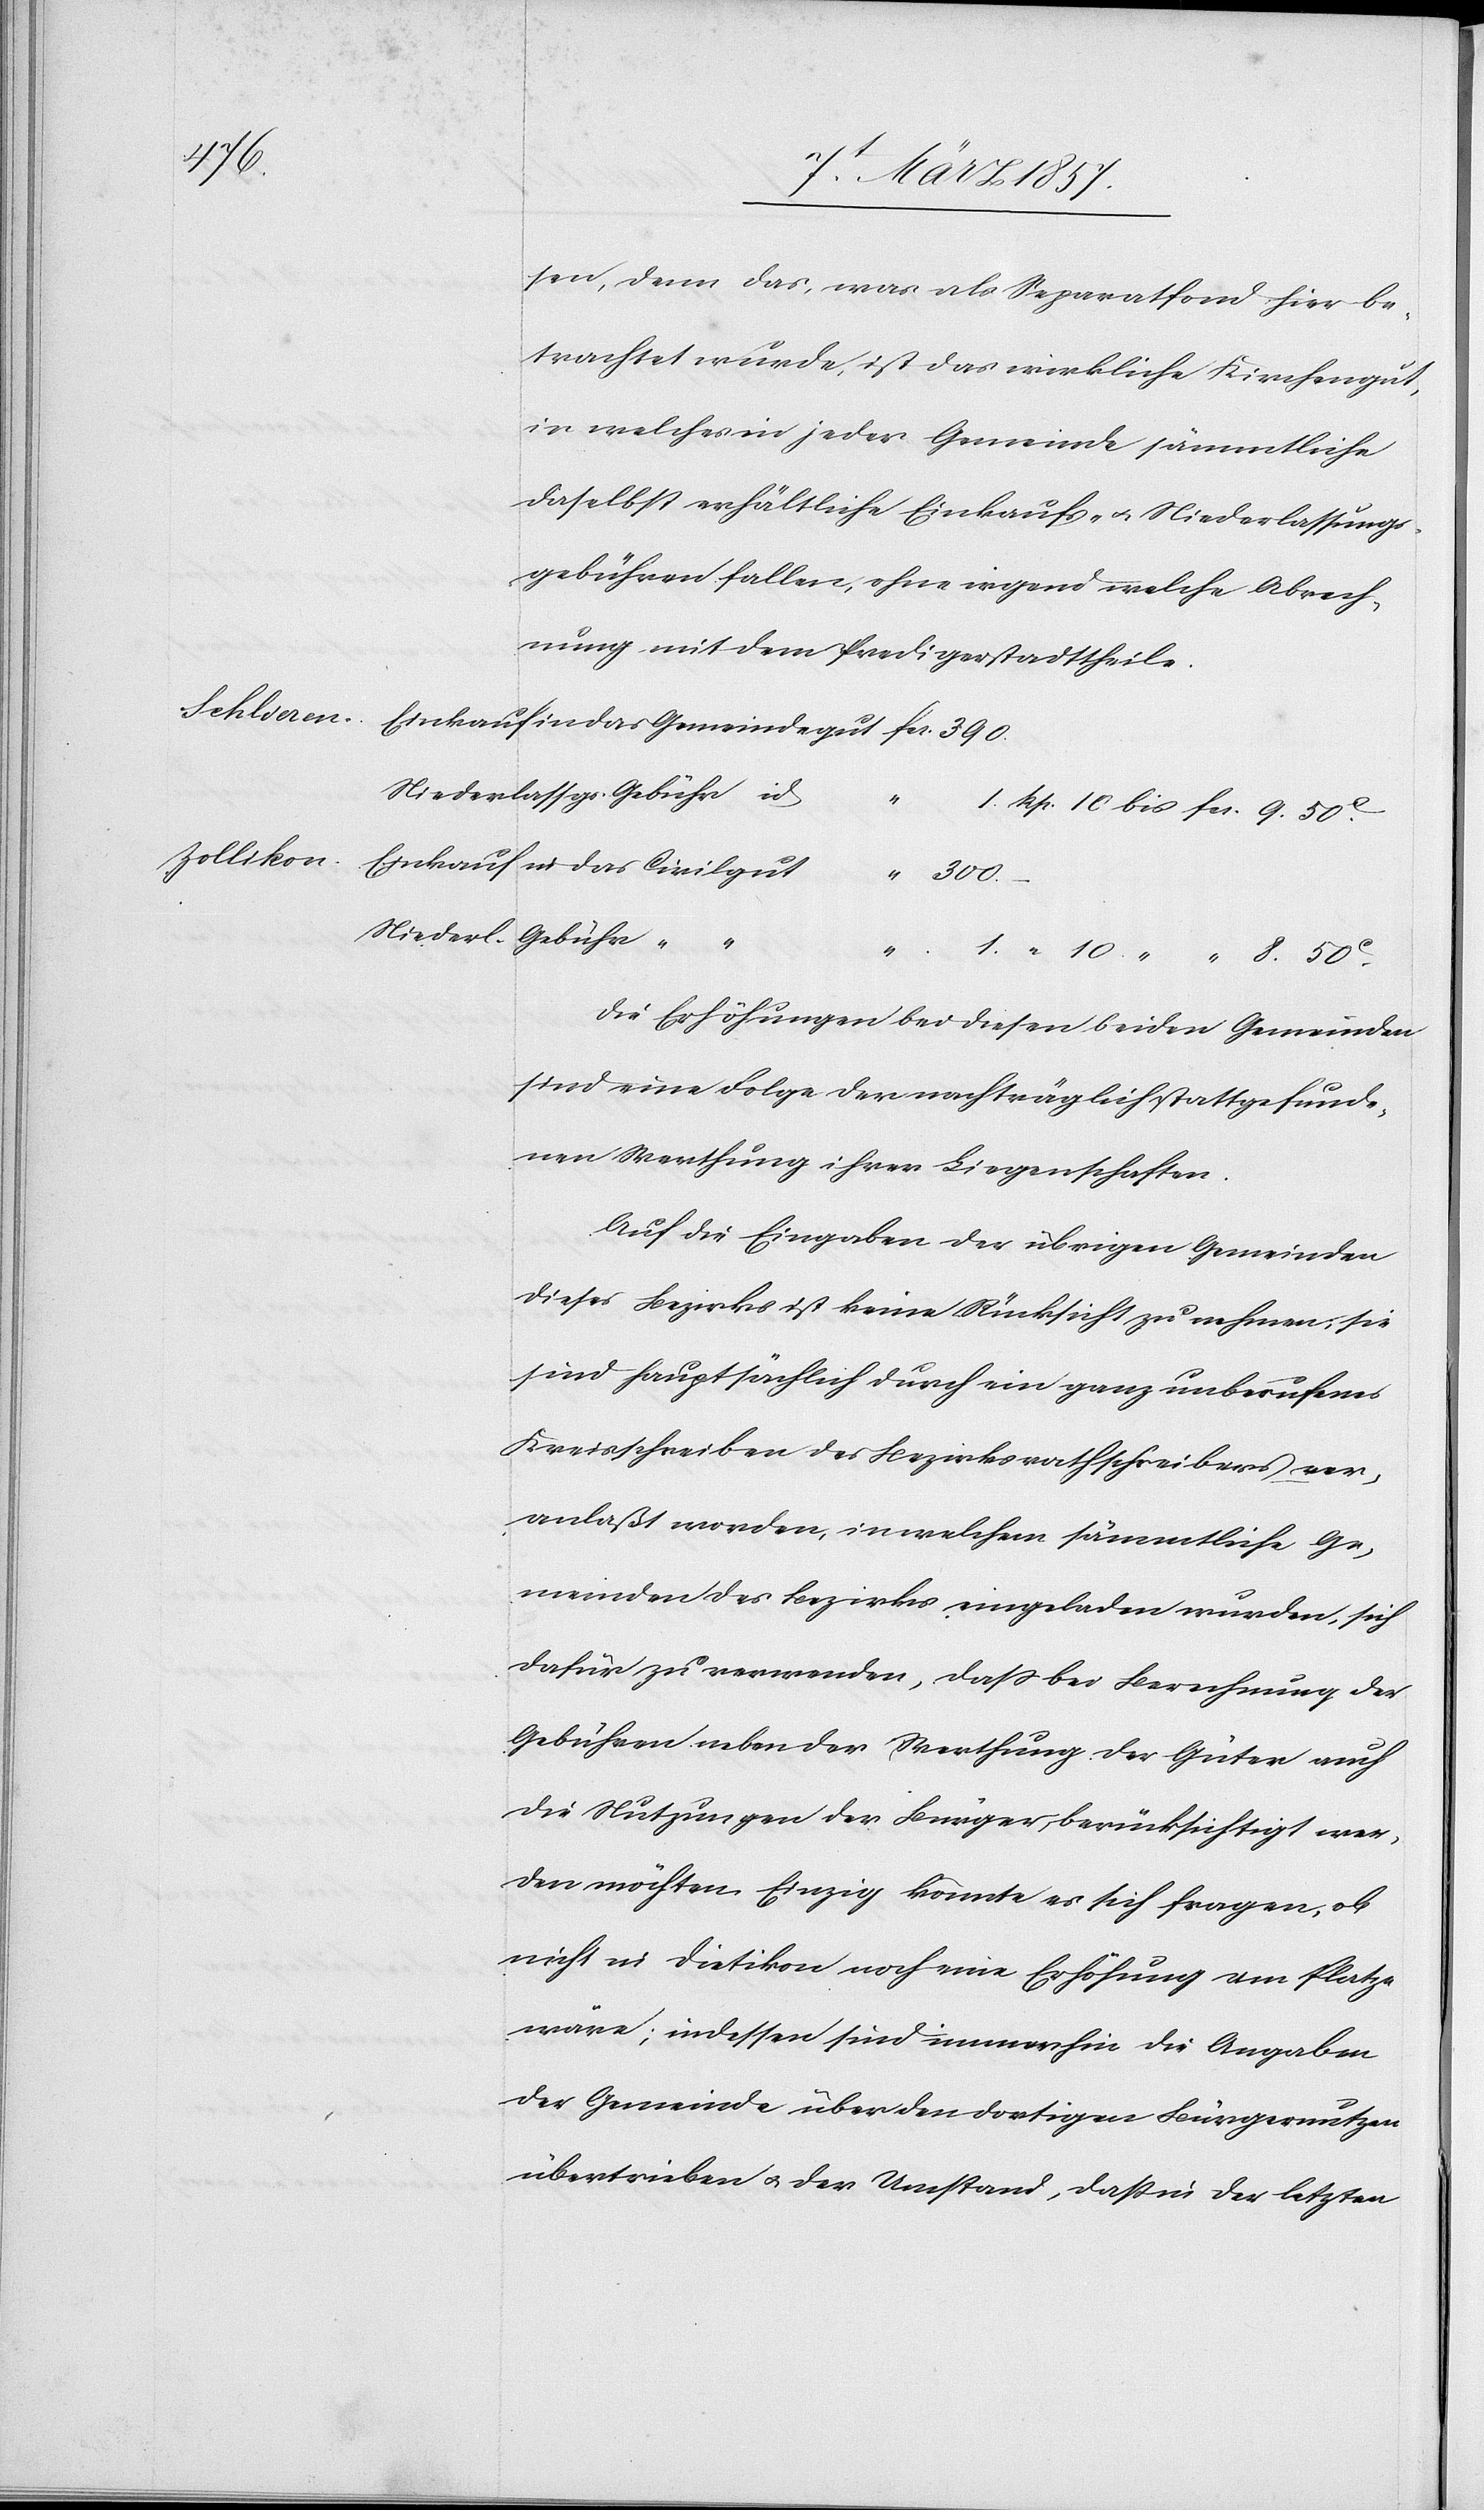
sen, denn das, was als Separatfond hier be¬
trachtet wurde, ist das wirkliche Kirchengut,
in welches in jeder Gemeinde sämmtliche
daselbst erhältliche Einkaufs- u. Niederlassungs¬
gebühren fallen, ohne irgend welche Abrech¬
nung mit dem Predigerstadttheile.
assgs. Gebühr id
Zollikon
Einkauf
in das Civilgut
“ 300.
Niederl.
Gebühr “
Die Erhöhungen bei diesen beiden Gemeinden
sind eine Folge der nachträglich stattgefunde¬
nen Werthung ihrer Liegenschaften.
Auf die Eingaben der übrigen Gemeinden
dieses Bezirks ist keine Rücksicht zu nehmen, sie
sind hauptsächlich durch ein ganz unberufenes
Kreisschreiben des Bezirksrathschreibers ver¬
anlaßt worden, in welchem sämmtliche Ge¬
meinden des Bezirkes eingeladen wurden, sich
dafür zu verwenden, daß bei Berechnung der
Gebühren neben der Werthung der Güter auch
die Nutzungen der Bürger berücksichtigt wer¬
den möchten. Einzig könnte es sich fragen, ob
nicht in Dietikon noch eine Erhöhung am Platze
wäre; indessen sind immerhin die Angaben
der Gemeinde über den dortigen Bürgernutzen
übertrieben u. der Umstand, daß in der letzten